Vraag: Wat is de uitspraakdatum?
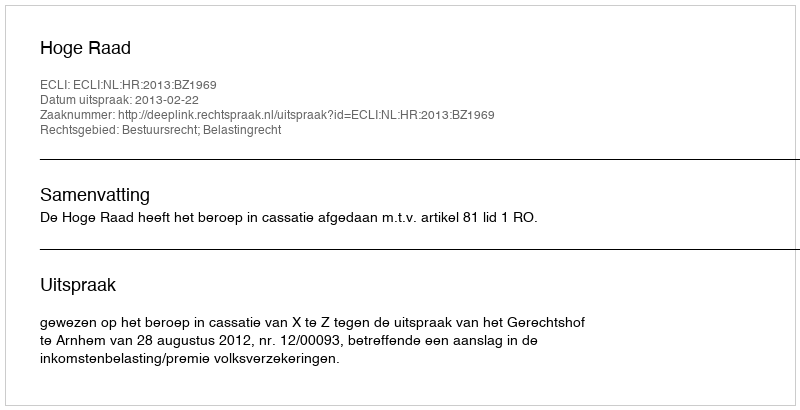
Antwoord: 2013-02-22